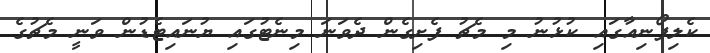
ކެލިފޯނިއާގައި ކުޅުނު މި މެޗު ފެށިގެން ދެވަނަ މިނެޓުގައި ޔުނައިޓެޑުން ވަނީ މެޗުގެ